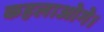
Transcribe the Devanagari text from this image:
कहलाओगे।